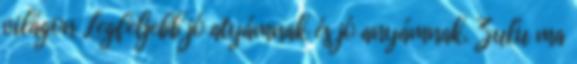
világon Legfeljebb jó atyámnak és jó anyámnak. Zulu ma